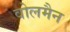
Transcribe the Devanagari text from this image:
वोलमैन